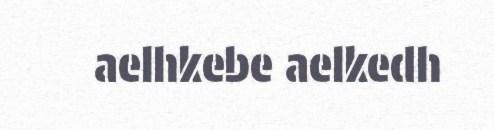
aelhkebe aelkedh